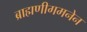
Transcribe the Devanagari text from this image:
ब्राह्मणीगमनेन